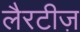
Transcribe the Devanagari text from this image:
लैरटीज़